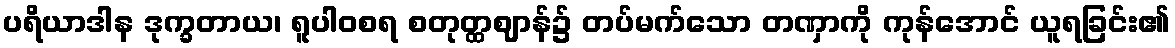
ပရိယာဒါန ဒုက္ခတာယ၊ ရူပါဝစရ စတုတ္ထဈာန်၌ တပ်မက်သော တဏှာကို ကုန်အောင် ယူရခြင်း၏